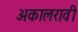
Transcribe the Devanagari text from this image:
अकालरावी